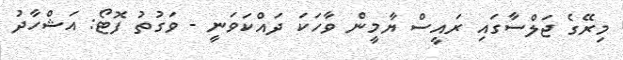
މިރޭގެ ޖަލްސާގައި ރައީސް ޔާމީން ވާހަކަ ދައްކަވަނީ - ވަގުތު ފޮޓޯ: އަޝްހާދު